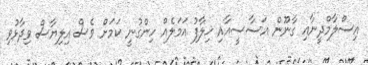
އިސްލާމްދީނާއި ގާނޫން އަސާސީއާއި ޚިލާފު އަމަލެއް ހިންގުނީ ކަމަށް ވެސް އިލިޔާސް ވިދާޅުވި